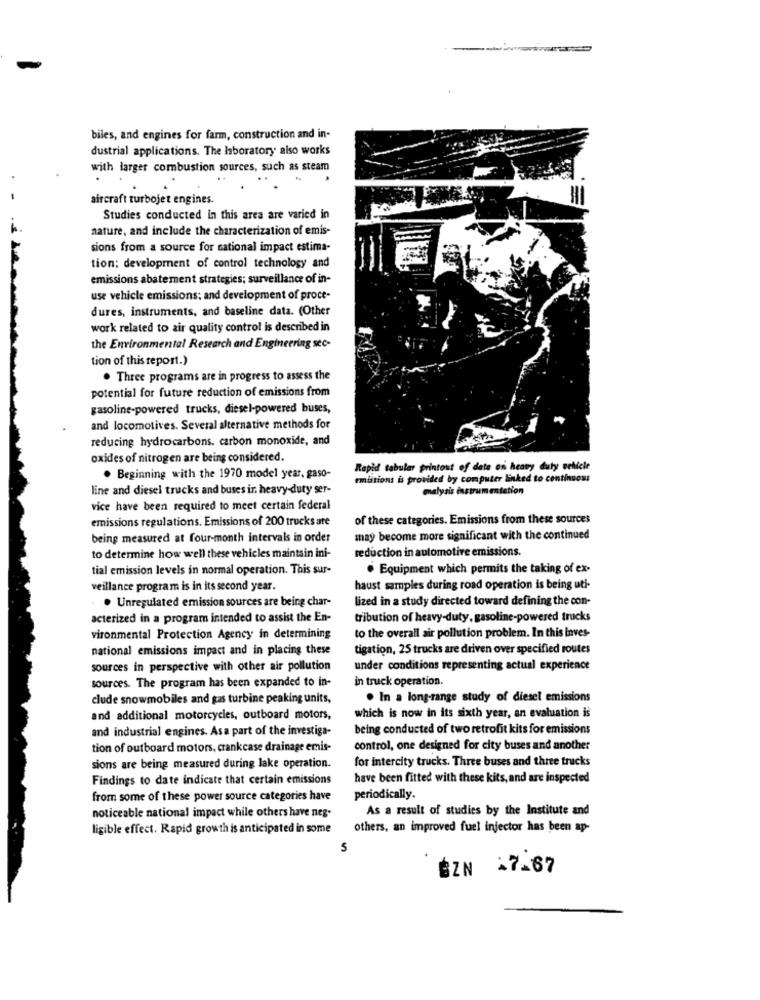
biles, and engines for farm, construction and in-
dustrial applications. The Isboratory also works
with larger combustion sources, such as steam
.
aircraft turbojet engines.
Studies conducted in this area are varied in
nature, and include the characterization of emis-
sions from a source for national impact estima-
tion; development of control technology and
emissions abatement strategies; surveillance of in-
use vehicle emissions; and development of proce-
dures, instruments, and baseline data. (Other
work related to air quality control is described in
the Environmental Research and Engineering sec-
tion of this report.)
. Three programs are in progress to assess the
potential for future reduction of emissions from
gasoline-powered trucks, diesel-powered buses,
and locomotives. Several alternative methods for
reducing hydrocarbons. carbon monoxide, and
oxides of nitrogen are being considered.
Rapid tabular printout of date on heavy duty vehicle
. Beginning with the 1970 model year, gaso-
emissions is provided by computer linked to continuous
line and diesel trucks and buses in heavy-duty ser-
analysis instrumentation
vice have been required to meet certain federal
emissions regulations. Emissions of 200 trucks are
of these categories. Emissions from these sources
being measured at four-month intervals in order
may become more significant with the continued
reduction in automotive emissions.
to determine how well these vehicles maintain ini-
tial emission levels in normal operation. This sur-
. Equipment which permits the taking of ex-
veillance program is in its second year.
haust samples during road operation is being uti-
lized in a study directed toward defining the con-
. Unregulated emission sources are being char-
acterized in a program intended to assist the En-
tribution of heavy-duty, gasoline-powered trucks
vironmental Protection Agency in determining
to the overall air pollution problem. In this inves-
national emissions impact and in placing these
tigation, 25 trucks are driven over specified routes
sources in perspective with other air pollution
under conditions representing actual experience
sources. The program has been expanded to in-
in truck operation.
clude snowmobiles and gas turbine peaking units,
. In a long-range study of diesel emissions
and additional motorcycles, outboard motors,
which is now in its sixth year, an evaluation is
and industrial engines. Asa part of the investiga-
being conducted of two retrofit kits for emissions
tion of outboard motors, crankcase drainage emis-
control, one designed for city buses and another
for intercity trucks. Three buses and three trucks
sions are being measured during lake operation.
Findings to date indicate that certain emissions
have been fitted with these kits, and are inspected
from some of these power source categories have
periodically.
As a result of studies by the Institute and
noticeable national impact while others have neg.
ligible effect. Rapid growth is anticipated in some
others, an improved fuel injector has been ap-
5
BZN 17-67